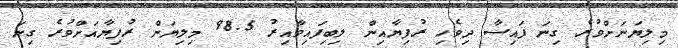
މިލިޔަނަށްވުރެ ގިނަ ފައިސާ ދިވެހި ރުފިޔާއިން ލިބިފައިވާއިރު 98.5 މިލިޔަން ރުފިޔާއަށްވުރެ ގިނަ